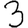
Digit: 3